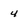
Character: 4